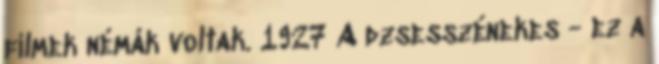
filmek némák voltak. 1927 A dzsesszénekes - ez a